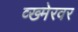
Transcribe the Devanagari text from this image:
व्ख्मेरवर